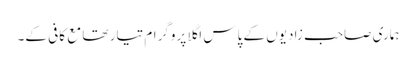
ہماری صاحب زادیوں کے پاس اگلا پروگرام تیار تھا مع کافی کے۔